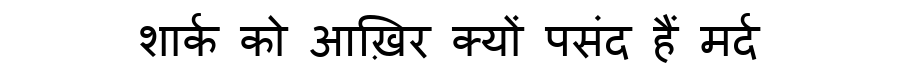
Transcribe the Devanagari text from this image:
शार्क को आख़िर क्यों पसंद हैं मर्द